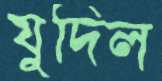
যুদিল